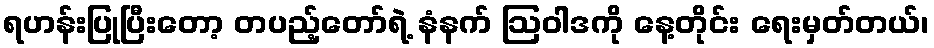
ရဟန်းပြုပြီးတော့ တပည့်တော်ရဲ့ နံနက် ဩဝါဒကို နေ့တိုင်း ရေးမှတ်တယ်၊